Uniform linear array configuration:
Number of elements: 8
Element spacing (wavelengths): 0.75
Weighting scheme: kaiser
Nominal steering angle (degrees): -45
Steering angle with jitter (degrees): -46.092
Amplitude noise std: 0.05
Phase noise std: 0.05

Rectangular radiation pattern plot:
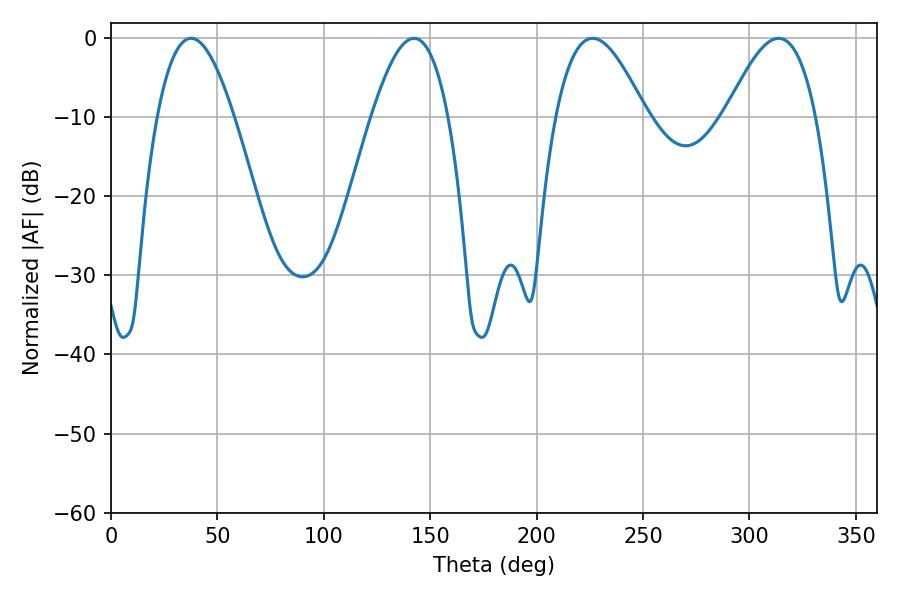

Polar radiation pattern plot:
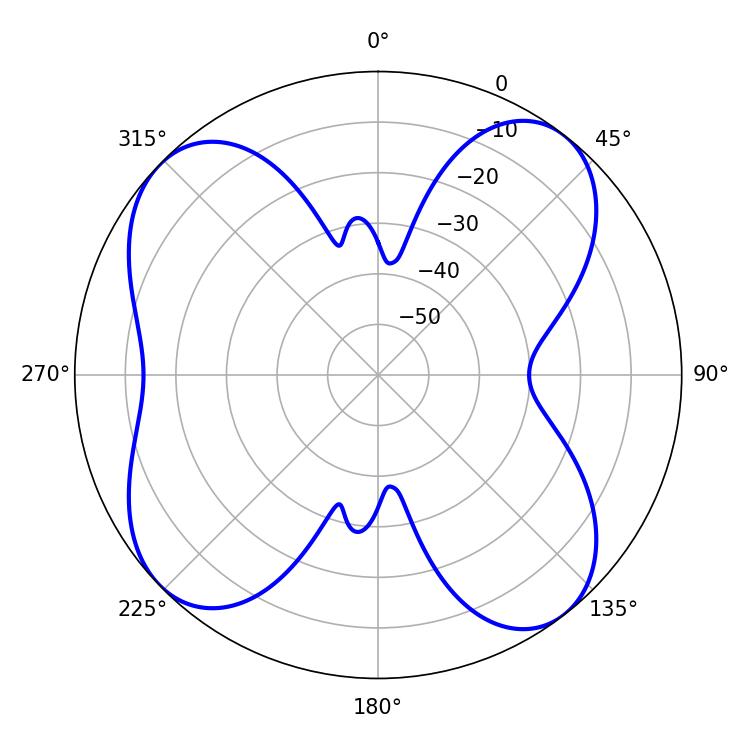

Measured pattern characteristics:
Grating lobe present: TRUE
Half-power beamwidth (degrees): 19.62
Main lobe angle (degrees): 37.62